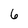
Character: 6